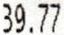
39.77